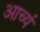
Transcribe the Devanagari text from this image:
आर्च्य